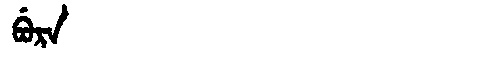
Manchu: ᠪᡠᡵᠠ
Romanization: BURA